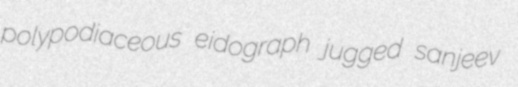
polypodiaceous eidograph jugged sanjeev